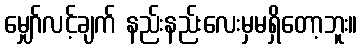
မျှော်လင့်ချက် နည်းနည်းလေးမှမရှိတော့ဘူး။